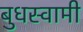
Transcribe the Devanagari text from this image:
बुधस्वामी